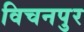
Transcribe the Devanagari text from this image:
विचनपुर